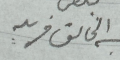
عبد الخالق فريد